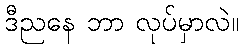
ဒီညနေ ဘာ လုပ်မှာလဲ။